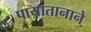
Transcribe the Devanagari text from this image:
पायातानाने